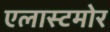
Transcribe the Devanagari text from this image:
एलास्टमोर